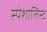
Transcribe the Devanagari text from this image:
स्पेशालिस्ट